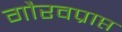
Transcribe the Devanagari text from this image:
गौरवप्राप्त